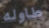
طاوله